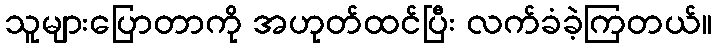
သူများပြောတာကို အဟုတ်ထင်ပြီး လက်ခံခဲ့ကြတယ်။